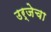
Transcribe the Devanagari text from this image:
उर्जेचा